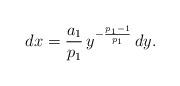
LaTeX: \begin{align*}dx = \frac{a_1}{p_1} \, y^{- \frac{p_1 - 1}{p_1}} \, dy.\end{align*}